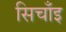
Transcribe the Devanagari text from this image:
सिचाँइ